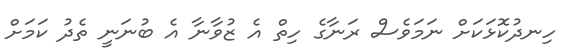
ހިނދުކޮޅަކަށް ނަމަވެސް ރަނާގެ ހިތް އެ ޒުވާނާ އެ ބުނަނީ ތެދު ކަމަށް